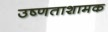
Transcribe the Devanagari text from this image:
उष्णताशामक